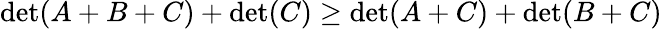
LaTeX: \operatorname*{det}(A+B+C)+\operatorname*{det}(C)\geq\operatorname*{det}(A+C)+\operatorname*{det}(B+C)